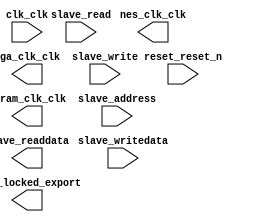

module final_project_soc (
	clk_clk,
	nes_clk_clk,
	reset_reset_n,
	sdram_clk_clk,
	vga_clk_clk,
	plll_locked_export,
	slave_read,
	slave_write,
	slave_address,
	slave_readdata,
	slave_writedata);	

	input		clk_clk;
	output		nes_clk_clk;
	input		reset_reset_n;
	output		sdram_clk_clk;
	output		vga_clk_clk;
	output		plll_locked_export;
	input		slave_read;
	input		slave_write;
	input	[1:0]	slave_address;
	output	[31:0]	slave_readdata;
	input	[31:0]	slave_writedata;
endmodule